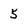
Character: 5